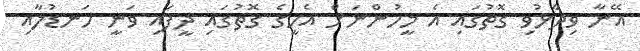
އޭނާ ވިދާޅުވި ގޮތުގައި އެ މީހުންނަށް އެހީގެ ގޮތުގައި ދީފައި ވަނީ ހަނޑުލާއި